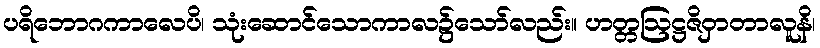
ပရိဘောဂကာလေပိ၊ သုံးဆောင်သောကာလ၌သော်လည်း။ ဟတ္တဩဋ္ဌဇိဝှာတာလူနိ၊